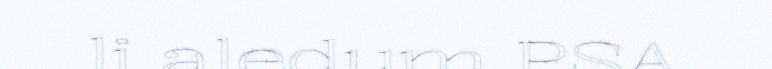
li aledum PSA